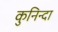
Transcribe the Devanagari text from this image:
कुनिन्दा